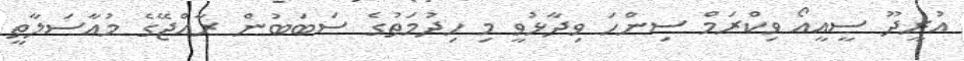
އުރީދޫ ސީއީއޯ ވިކްރަމް ސިންހަ ވިދާޅުވީ މި ހިދުމަތުގެ ސަބަބުން ރާއްޖޭގެ މުއާސަލާތީ